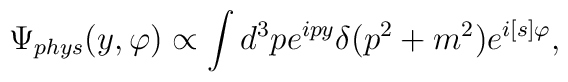
\Psi_{phys}(y,\varphi)\propto\int d^3 p e^{ipy}\delta(p^2+m^2)e^{i[s]\varphi},